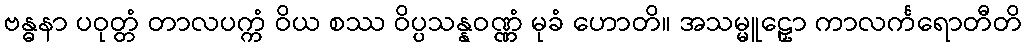
ဗန္ဓနာ ပဝုတ္တံ တာလပက္ကံ ဝိယ စဿ ဝိပ္ပသန္နဝဏ္ဏံ မုခံ ဟောတိ။ အသမ္မူဠှော ကာလင်္ကရောတီတိ